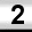
Digit: 2